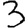
Digit: 3